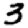
Digit: 3